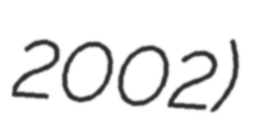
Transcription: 2002)